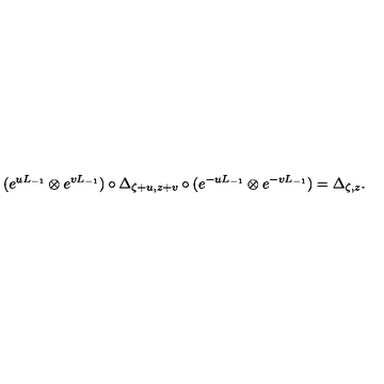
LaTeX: ( e ^ { u L _ { - 1 } } \otimes e ^ { v L _ { - 1 } } ) \circ \Delta _ { \zeta + u , z + v } \circ ( e ^ { - u L _ { - 1 } } \otimes e ^ { - v L _ { - 1 } } ) = \Delta _ { \zeta , z } .